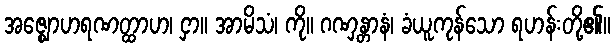
အဇ္ဈောဟရဏတ္ထာဟ၊ ငှာ။ အာမိသံ၊ ကို။ ဂဏှန္တာနံ၊ ခံယူကုန်သော ရဟန်းတို့၏။